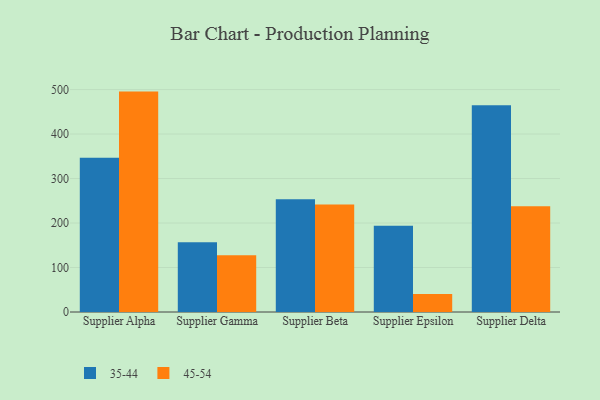
{"axis": {"x": "Supplier", "y": "Shipments"}, "legend": ["35-44", "45-54"], "data": [{"x": "Supplier Alpha", "y": 346.7, "type": "35-44"}, {"x": "Supplier Alpha", "y": 495.4, "type": "45-54"}, {"x": "Supplier Gamma", "y": 157.0, "type": "35-44"}, {"x": "Supplier Gamma", "y": 127.4, "type": "45-54"}, {"x": "Supplier Beta", "y": 253.7, "type": "35-44"}, {"x": "Supplier Beta", "y": 241.6, "type": "45-54"}, {"x": "Supplier Epsilon", "y": 193.8, "type": "35-44"}, {"x": "Supplier Epsilon", "y": 40.7, "type": "45-54"}, {"x": "Supplier Delta", "y": 464.9, "type": "35-44"}, {"x": "Supplier Delta", "y": 237.7, "type": "45-54"}]}